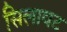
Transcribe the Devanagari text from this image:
सिलावट